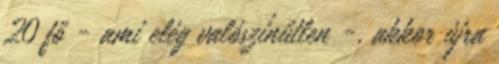
20 fő - ami elég valószínűtlen -, akkor újra